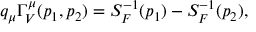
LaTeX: q _ { \mu } \Gamma _ { V } ^ { \mu } ( p _ { 1 } , p _ { 2 } ) = S _ { F } ^ { - 1 } ( p _ { 1 } ) - S _ { F } ^ { - 1 } ( p _ { 2 } ) ,